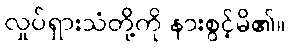
လှုပ်ရှားသံတို့ကို နားစွင့်မိ၏။